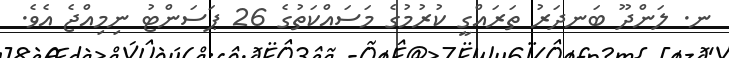
ނ. ލަންދޫ ބަނދަރު ތަރައްގީ ކުރުމުގެ މަސައްކަތުގެ 26 ޕަސަންޓު ނިމިއްޖެ އެވެ.